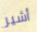
أشير